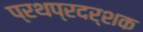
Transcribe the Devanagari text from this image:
प्रथप्रदर्शक